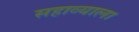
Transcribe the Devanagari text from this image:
सहाव्याला